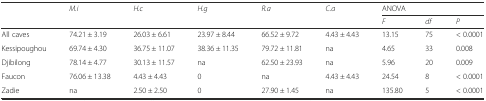
<table><thead><tr><td rowspan="2"></td><td rowspan="2"><b><i>M.i</i></b></td><td rowspan="2"><b><i>H.c</i></b></td><td rowspan="2"><b><i>H.g</i></b></td><td rowspan="2"><b><i>R.a</i></b></td><td rowspan="2"><b><i>C.a</i></b></td><td colspan="3"><b>ANOVA</b></td></tr><tr><td><b><i>F</i></b></td><td><b><i>df</i></b></td><td><b><i>P</i></b></td></tr></thead><tbody><tr><td>All caves</td><td>74.21 ± 3.19</td><td>26.03 ± 6.61</td><td>23.97 ± 8.44</td><td>66.52 ± 9.72</td><td>4.43 ± 4.43</td><td>13.15</td><td>75</td><td>&lt; 0.0001</td></tr><tr><td>Kessipoughou</td><td>69.74 ± 4.30</td><td>36.75 ± 11.07</td><td>38.36 ± 11.35</td><td>79.72 ± 11.81</td><td>na</td><td>4.65</td><td>33</td><td>0.008</td></tr><tr><td>Djibilong</td><td>78.14 ± 4.77</td><td>30.13 ± 11.57</td><td>na</td><td>62.50 ± 23.93</td><td>na</td><td>5.96</td><td>20</td><td>0.009</td></tr><tr><td>Faucon</td><td>76.06 ± 13.38</td><td>4.43 ± 4.43</td><td>0</td><td>na</td><td>4.43 ± 4.43</td><td>24.54</td><td>8</td><td>&lt; 0.0001</td></tr><tr><td>Zadie</td><td>na</td><td>2.50 ± 2.50</td><td>0</td><td>27.90 ± 1.45</td><td>na</td><td>135.80</td><td>5</td><td>&lt; 0.0001</td></tr></tbody></table>